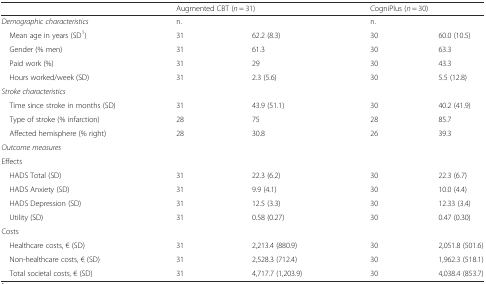
<table><thead><tr><td></td><td colspan="2"><b>Augmented CBT (<i>n</i> = 31)</b></td><td colspan="2"><b>CogniPlus (<i>n</i> = 30)</b></td></tr></thead><tbody><tr><td><i>Demographic characteristics</i></td><td>n.</td><td></td><td>n.</td><td></td></tr><tr><td> Mean age in years (SD<sup>1</sup>)</td><td>31</td><td>62.2 (8.3)</td><td>30</td><td>60.0 (10.5)</td></tr><tr><td> Gender (% men)</td><td>31</td><td>61.3</td><td>30</td><td>63.3</td></tr><tr><td> Paid work (%)</td><td>31</td><td>29</td><td>30</td><td>43.3</td></tr><tr><td> Hours worked/week (SD)</td><td>31</td><td>2.3 (5.6)</td><td>30</td><td>5.5 (12.8)</td></tr><tr><td><i>Stroke characteristics</i></td><td></td><td></td><td></td><td></td></tr><tr><td> Time since stroke in months (SD)</td><td>31</td><td>43.9 (51.1)</td><td>30</td><td>40.2 (41.9)</td></tr><tr><td> Type of stroke (% infarction)</td><td>28</td><td>75</td><td>28</td><td>85.7</td></tr><tr><td> Affected hemisphere (% right)</td><td>28</td><td>30.8</td><td>26</td><td>39.3</td></tr><tr><td><i>Outcome measures</i></td><td></td><td></td><td></td><td></td></tr><tr><td>Effects</td><td></td><td></td><td></td><td></td></tr><tr><td> HADS Total (SD)</td><td>31</td><td>22.3 (6.2)</td><td>30</td><td>22.3 (6.7)</td></tr><tr><td> HADS Anxiety (SD)</td><td>31</td><td>9.9 (4.1)</td><td>30</td><td>10.0 (4.4)</td></tr><tr><td> HADS Depression (SD)</td><td>31</td><td>12.5 (3.3)</td><td>30</td><td>12.33 (3.4)</td></tr><tr><td> Utility (SD)</td><td>31</td><td>0.58 (0.27)</td><td>30</td><td>0.47 (0.30)</td></tr><tr><td>Costs</td><td></td><td></td><td></td><td></td></tr><tr><td> Healthcare costs, € (SD)</td><td>31</td><td>2,213.4 (880.9)</td><td>30</td><td>2,051.8 (501.6)</td></tr><tr><td> Non-healthcare costs, € (SD)</td><td>31</td><td>2,528.3 (712.4)</td><td>30</td><td>1,962.3 (518.1)</td></tr><tr><td> Total societal costs, € (SD)</td><td>31</td><td>4,717.7 (1,203.9)</td><td>30</td><td>4,038.4 (853.7)</td></tr></tbody></table>